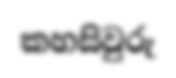
කහසිවුරු